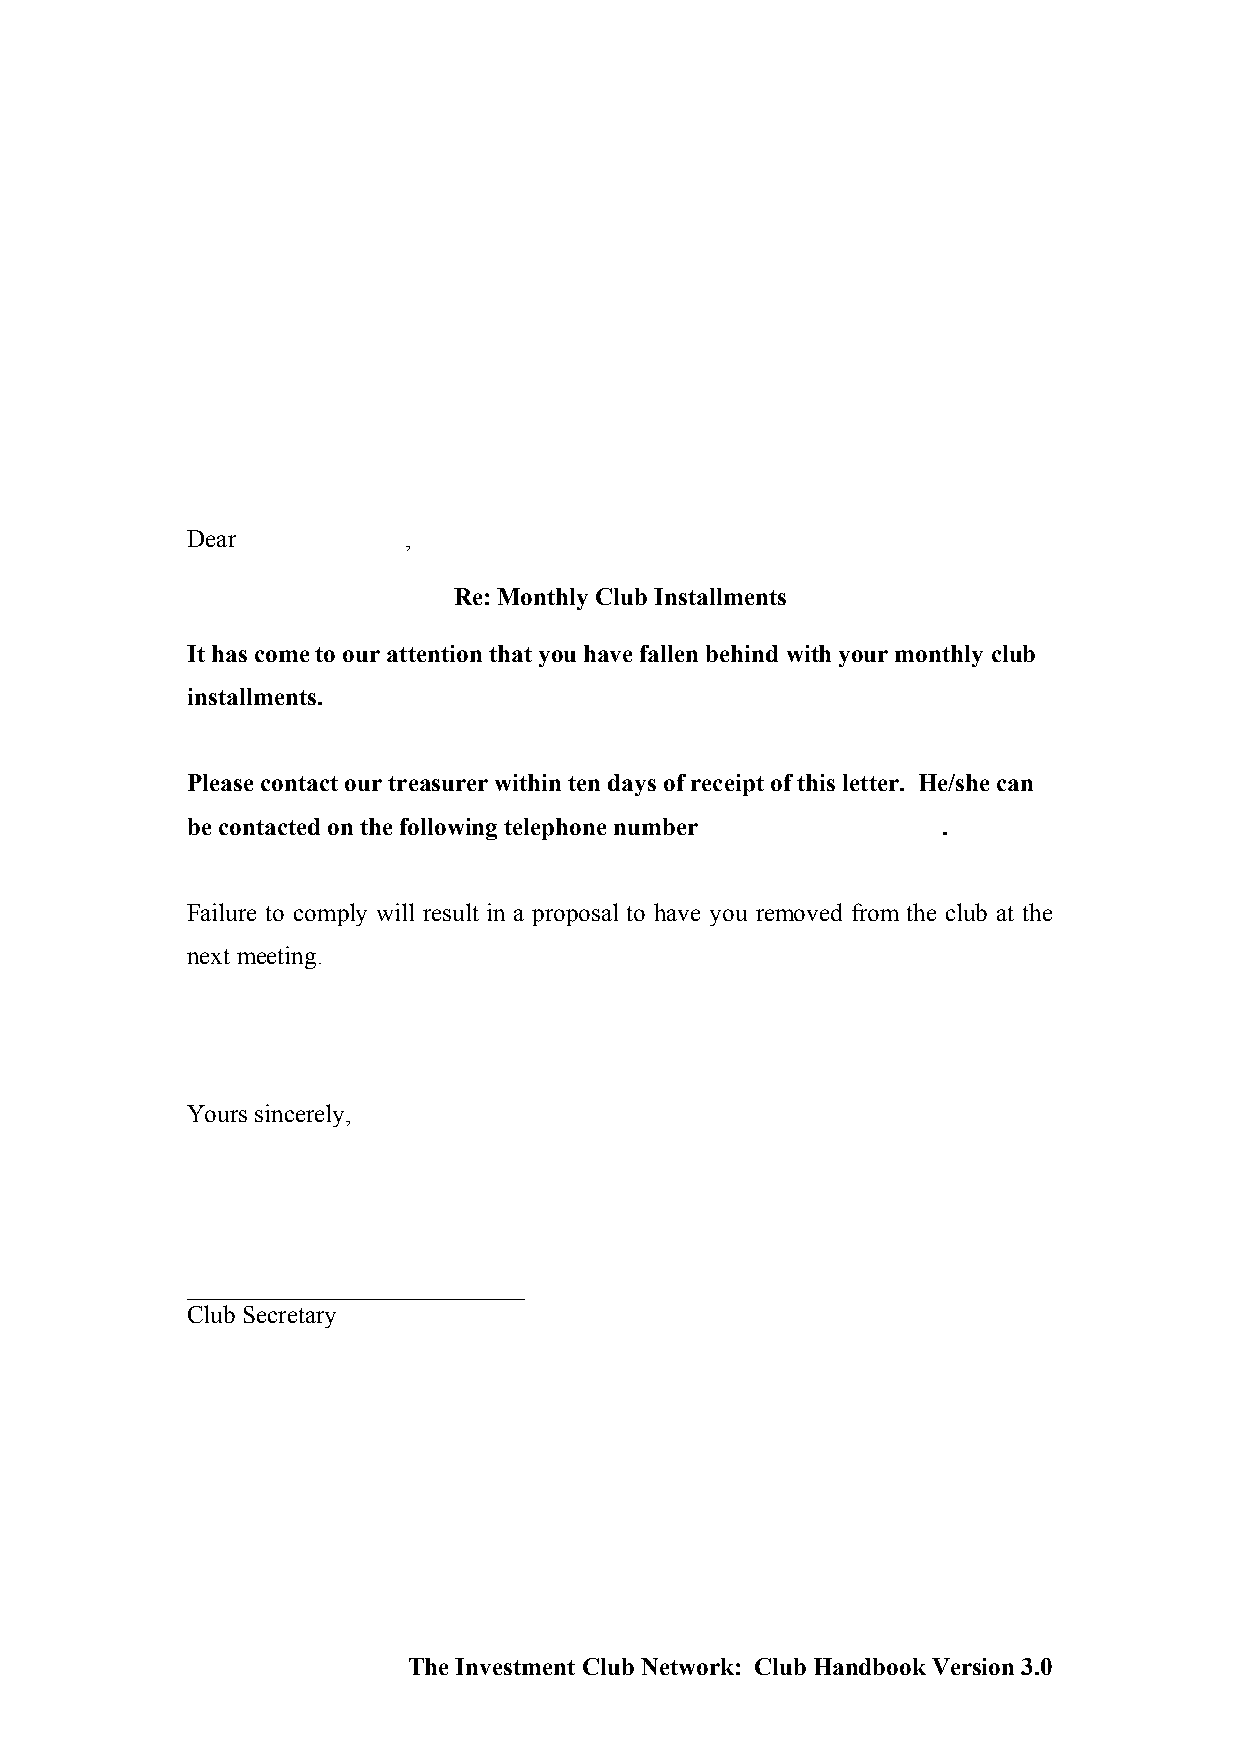
Dear           ,
 Re: Monthly Club Installments
 It has come to our attention that you have fallen behind with your monthly club
 installments.
 Please contact our treasurer within ten days of receipt of this letter. He/she can
 be contacted on the following telephone number    .
 Failure to comply will result in a proposal to have you removed from the club at the
 next meeting.
 Yours sincerely,
 ___________________________
 Club Secretary
 The Investment Club Network: Club Handbook Version 3.0